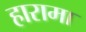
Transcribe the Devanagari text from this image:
हारामा